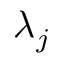
\lambda _ { j }